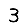
Digit: 3